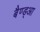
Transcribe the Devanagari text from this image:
बैण्ड्आ